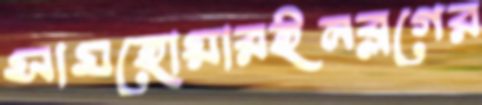
সামহোয়ারইনব্লগের